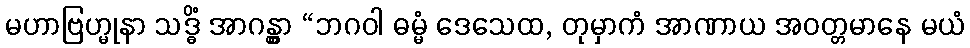
မဟာဗြဟ္မုနာ သဒ္ဓိံ အာဂန္တွာ “ဘဂဝါ ဓမ္မံ ဒေသေထ, တုမှာကံ အာဏာယ အဝတ္တမာနေ မယံ